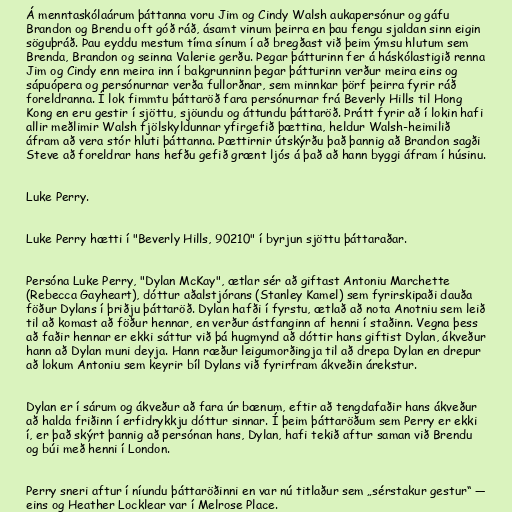
Á menntaskólaárum þáttanna voru Jim og Cindy Walsh aukapersónur og gáfu
Brandon og Brendu oft góð ráð, ásamt vinum þeirra en þau fengu sjaldan sinn eigin
söguþráð. Þau eyddu mestum tíma sínum í að bregðast við þeim ýmsu hlutum sem
Brenda, Brandon og seinna Valerie gerðu. Þegar þátturinn fer á háskólastigið renna
Jim og Cindy enn meira inn í bakgrunninn þegar þátturinn verður meira eins og
sápuópera og persónurnar verða fullorðnar, sem minnkar þörf þeirra fyrir ráð
foreldranna. Í lok fimmtu þáttaröð fara persónurnar frá Beverly Hills til Hong
Kong en eru gestir í sjöttu, sjöundu og áttundu þáttaröð. Þrátt fyrir að í lokin hafi
allir meðlimir Walsh fjölskyldunnar yfirgefið þættina, heldur Walsh-heimilið
áfram að vera stór hluti þáttanna. Þættirnir útskýrðu það þannig að Brandon sagði
Steve að foreldrar hans hefðu gefið grænt ljós á það að hann byggi áfram í húsinu.

Luke Perry.

Luke Perry hætti í "Beverly Hills, 90210" í byrjun sjöttu þáttaraðar.

Persóna Luke Perry, "Dylan McKay", ætlar sér að giftast Antoniu Marchette
(Rebecca Gayheart), dóttur aðalstjórans (Stanley Kamel) sem fyrirskipaði dauða
föður Dylans í þriðju þáttaröð. Dylan hafði í fyrstu, ætlað að nota Anotniu sem leið
til að komast að föður hennar, en verður ástfanginn af henni í staðinn. Vegna þess
að faðir hennar er ekki sáttur við þá hugmynd að dóttir hans giftist Dylan, ákveður
hann að Dylan muni deyja. Hann ræður leigumorðingja til að drepa Dylan en drepur
að lokum Antoniu sem keyrir bíl Dylans við fyrirfram ákveðin árekstur.

Dylan er í sárum og ákveður að fara úr bænum, eftir að tengdafaðir hans ákveður
að halda friðinn í erfidrykkju dóttur sinnar. Í þeim þáttaröðum sem Perry er ekki
í, er það skýrt þannig að persónan hans, Dylan, hafi tekið aftur saman við Brendu
og búi með henni í London.

Perry sneri aftur í níundu þáttaröðinni en var nú titlaður sem „sérstakur gestur“ —
eins og Heather Locklear var í Melrose Place.